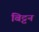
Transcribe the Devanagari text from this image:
बिट्टन